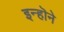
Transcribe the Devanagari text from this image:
इन्हॊने